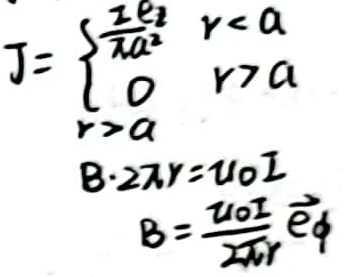
\[
J=\begin{cases}
\frac{I e_{z}}{\pi a^{2}} & r < a \\
0 & r > a
\end{cases}
\]
\[
B\cdot 2\pi r=\mu_0 I
\]
\[
B = \frac{\mu_0 I}{2\pi r} \vec{e}_{\phi}
\]